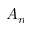
A _ { n }